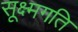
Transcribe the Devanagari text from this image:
सूक्ष्‍मगति